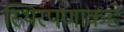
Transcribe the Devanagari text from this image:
स्थिरपणाकडे